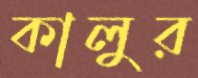
কালুর